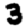
Digit: 3